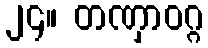
၂၄။ တဏှာဝဂ္ဂ